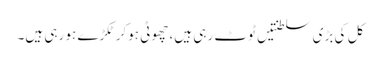
کل کی بڑی سلطنتیں ٹوٹ رہی ہیں، چھوٹی ہوکر ٹکڑے ہو رہی ہیں۔